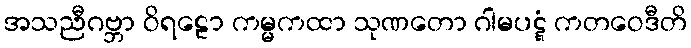
အသညီဂဗ္ဘာ ဝိရဠော ကမ္မကထာ သုဏတော ဂါမပဋ္ဋံ ကတဝေဒီတိ